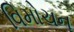
વિમોચન